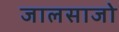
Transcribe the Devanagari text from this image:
जालसाजो